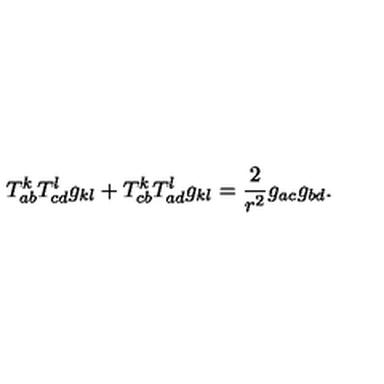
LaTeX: T _ { a b } ^ { k } T _ { c d } ^ { l } g _ { k l } + T _ { c b } ^ { k } T _ { a d } ^ { l } g _ { k l } = \frac 2 { r ^ { 2 } } g _ { a c } g _ { b d } .